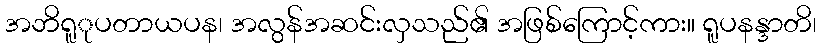
အဘိရူုပတာယပန၊ အလွန်အဆင်းလှသည်၏ အဖြစ်ကြောင့်ကား။ ရူပနန္ဒာတိ၊